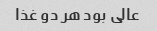
عالی بود هر دو غذا